NAE_EAA_P-1050_Enda_Kallas, lk 2
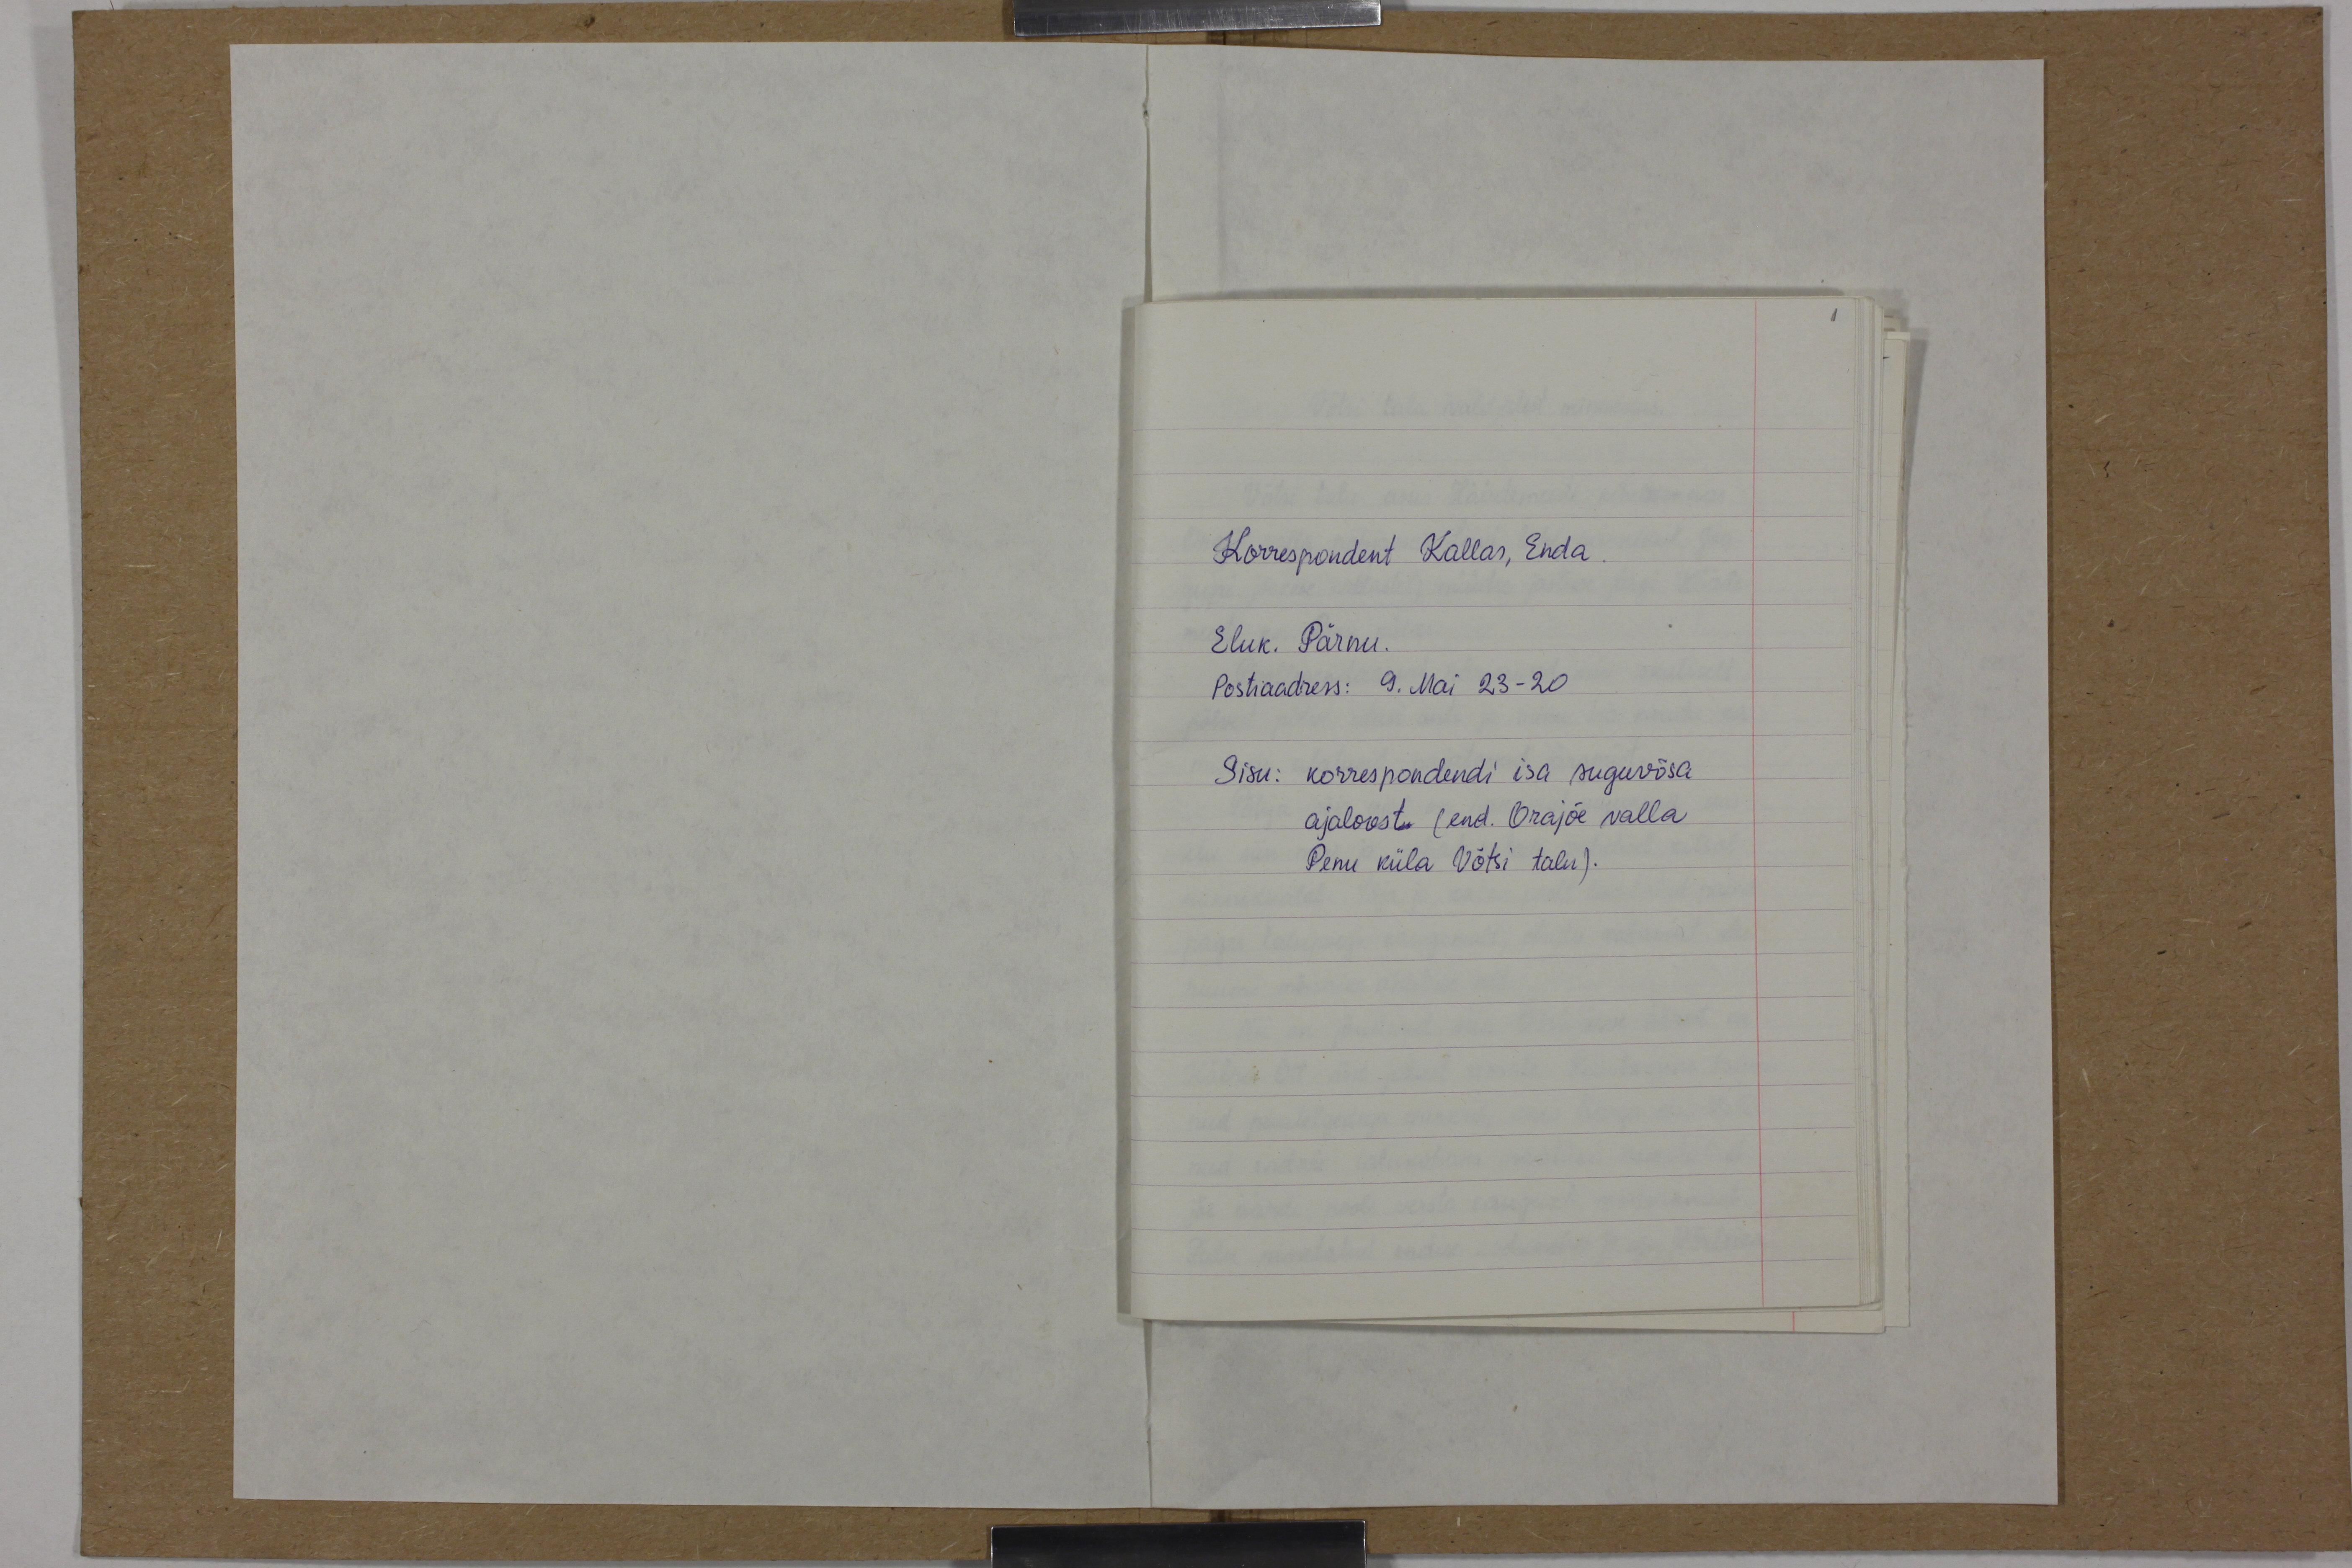
Korrespondent Kallas, Enda
Eluk. Pärnu.
Postiaadress: 9. Mai 23-20
Sisu: korrespondendi isa suguvõsa
ajaloost (end. Orajõe valla
Penu küla Võtsi talu).